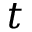
t